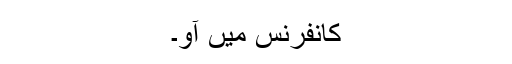
کانفرنس میں آو۔